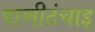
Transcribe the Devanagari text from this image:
पाणीटंचाइ